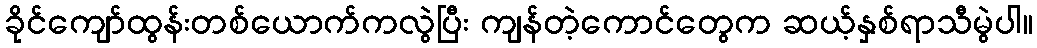
ခိုင်ကျော်ထွန်းတစ်ယောက်ကလွဲပြီး ကျန်တဲ့ကောင်တွေက ဆယ့်နှစ်ရာသီမွဲပါ။